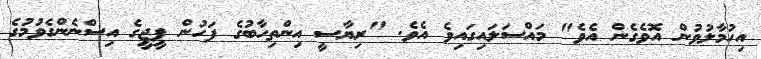
އިހުމާލުވުން އޮވެގެން އެވެ" މައްސަލައިގައިވެ އެވެ. "ރިޔާސީ އިންތިހާބުގެ ފަހުން ޕީޖީގެ އިސްނެންގެވުމުގެ